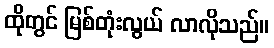
ထိုတွင် မြစ်တုံးလွယ် လာလိုသည်။